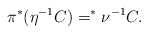
\begin{align*} \pi^*(\eta^{-1}C) =^* \nu^{-1}C.\end{align*}